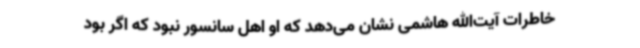
خاطرات آیت‌الله هاشمی نشان می‌دهد که او اهل سانسور نبود که اگر بود